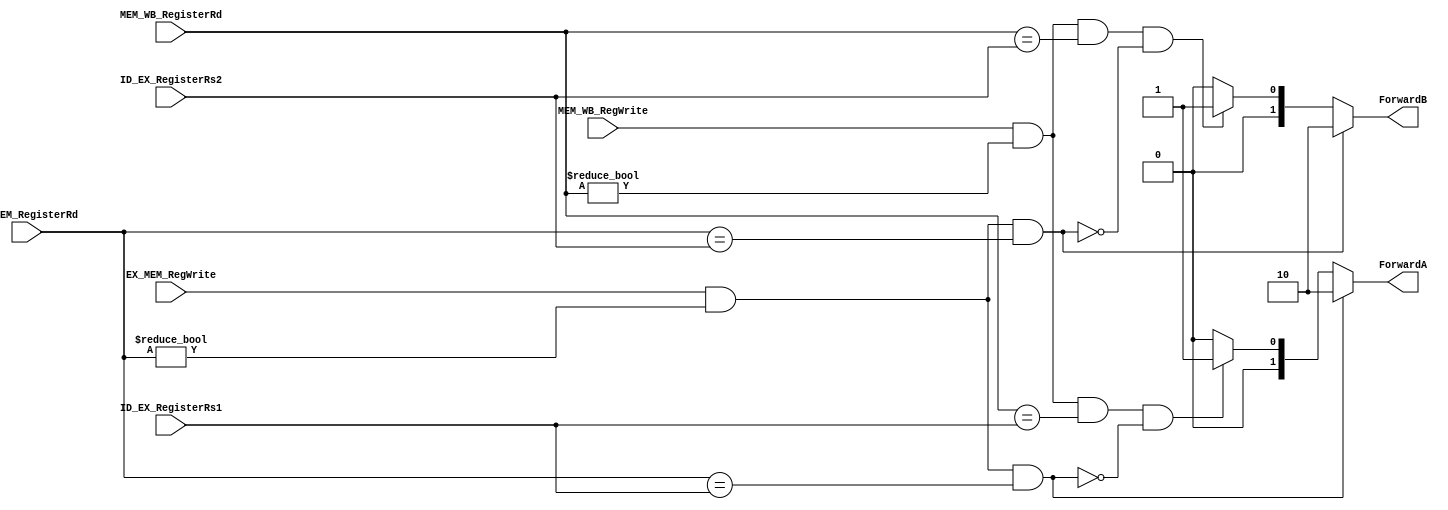
`timescale 1ns / 1ps
module forwardingUnit
(
    input EX_MEM_RegWrite,
    input MEM_WB_RegWrite,
    input [4:0] EX_MEM_RegisterRd,
    input [4:0] ID_EX_RegisterRs1,
    input [4:0] ID_EX_RegisterRs2,
    input [4:0] MEM_WB_RegisterRd,
    output reg [1:0]ForwardA,
    output reg [1:0]ForwardB
 );
 
    always@(*) begin
        //EX hazard handled through the following conditions
        if(EX_MEM_RegWrite && (EX_MEM_RegisterRd != 0) && (EX_MEM_RegisterRd == ID_EX_RegisterRs1) ) 
            ForwardA = 2'b10;
        else 
        /*
        and not (EX/MEM.RegWrite and (EX/MEM.RegisterRd ? 0)
        and (EX/MEM.RegisterRd = ID/EX.RegisterRs1))*/
         if ((MEM_WB_RegWrite && (MEM_WB_RegisterRd != 0) && (MEM_WB_RegisterRd == ID_EX_RegisterRs1)) && !(EX_MEM_RegWrite && (EX_MEM_RegisterRd != 0) && (EX_MEM_RegisterRd == ID_EX_RegisterRs1)) ) 
                   ForwardA = 2'b01;
                else 
                   ForwardA = 2'b00;       //else return to the selection line 00, hence no forwarding
        
        
        
         if(EX_MEM_RegWrite && (EX_MEM_RegisterRd != 0) && (EX_MEM_RegisterRd == ID_EX_RegisterRs2)) 
                ForwardB = 2'b10;
      
        //MEM hazard handled through the following conditions
       
            
         else if ((MEM_WB_RegWrite && (MEM_WB_RegisterRd != 0) && (MEM_WB_RegisterRd == ID_EX_RegisterRs2)) && !(EX_MEM_RegWrite && (EX_MEM_RegisterRd != 0) && (EX_MEM_RegisterRd == ID_EX_RegisterRs2))) 
                ForwardB = 2'b01;
             else 
                ForwardB = 2'b00;   //no forwarding
            end
           
endmodule